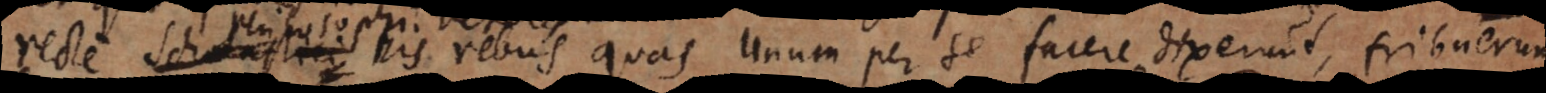
veteres his rebus, quas Unum per se facere dixerunt, tribueru